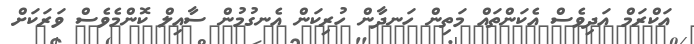
އަކްރަމް އަދިވެސް އެކަންތައް މަތިން ހަނދާން ހުރިކަން އެނގުމުން ސާއިލް ކޮންމެވެސް ވަރަކަށް